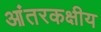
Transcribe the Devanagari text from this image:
आंतरकक्षीय